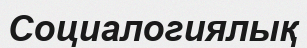
Социалогиялық